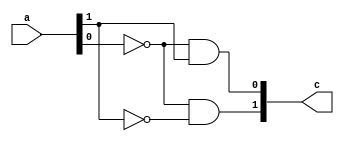
`define M     97          // M is the degree of the irreducible polynomial
`define WIDTH (2*`M-1)    // width for a GF(3^M) element
`define W2    (4*`M-1)    // width for a GF(3^{2*M}) element
`define W3    (6*`M-1)    // width for a GF(3^{3*M}) element
`define W6    (12*`M-1)   // width for a GF(3^{6*M}) element
`define PX    196'h4000000000000000000000000000000000000000001000002 // PX is the irreducible polynomial
`define ZERO {(2*`M){1'b0}}
`define TWO {(2*`M-2){1'b0}},2'b10
`define MOST 2*`M+1:2*`M

module f3_sub1(a, c);
    input [1:0] a;
    output [1:0] c;
    assign c[0] = (~a[0]) & a[1];
    assign c[1] = (~a[0]) & (~a[1]);
endmodule